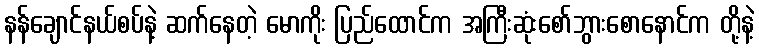
နန်ချောင်နယ်စပ်နဲ့ ဆက်နေတဲ့ မောကိုး ပြည်ထောင်က အကြီးဆုံးစော်ဘွားစောနောင်က တို့နဲ့